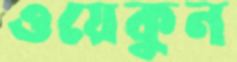
ওয়েকুন